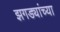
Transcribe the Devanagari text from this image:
झगड्यांच्या